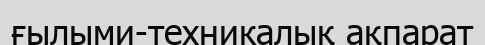
ғылыми-техникалық ақпарат